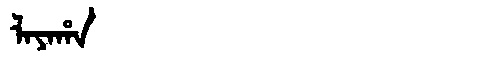
Manchu: ᠯᠠᠶᠠᡥᠠ
Romanization: LAYAHA